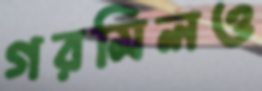
গরমিলও